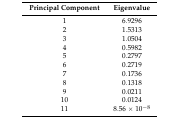
<table><thead><tr><td><b>Principal Component</b></td><td><b>Eigenvalue</b></td></tr></thead><tbody><tr><td>1</td><td>6.9296</td></tr><tr><td>2</td><td>1.5313</td></tr><tr><td>3</td><td>1.0504</td></tr><tr><td>4</td><td>0.5982</td></tr><tr><td>5</td><td>0.2797</td></tr><tr><td>6</td><td>0.2719</td></tr><tr><td>7</td><td>0.1736</td></tr><tr><td>8</td><td>0.1318</td></tr><tr><td>9</td><td>0.0211</td></tr><tr><td>10</td><td>0.0124</td></tr><tr><td>11</td><td>8.56 × 10<sup>−8</sup></td></tr></tbody></table>